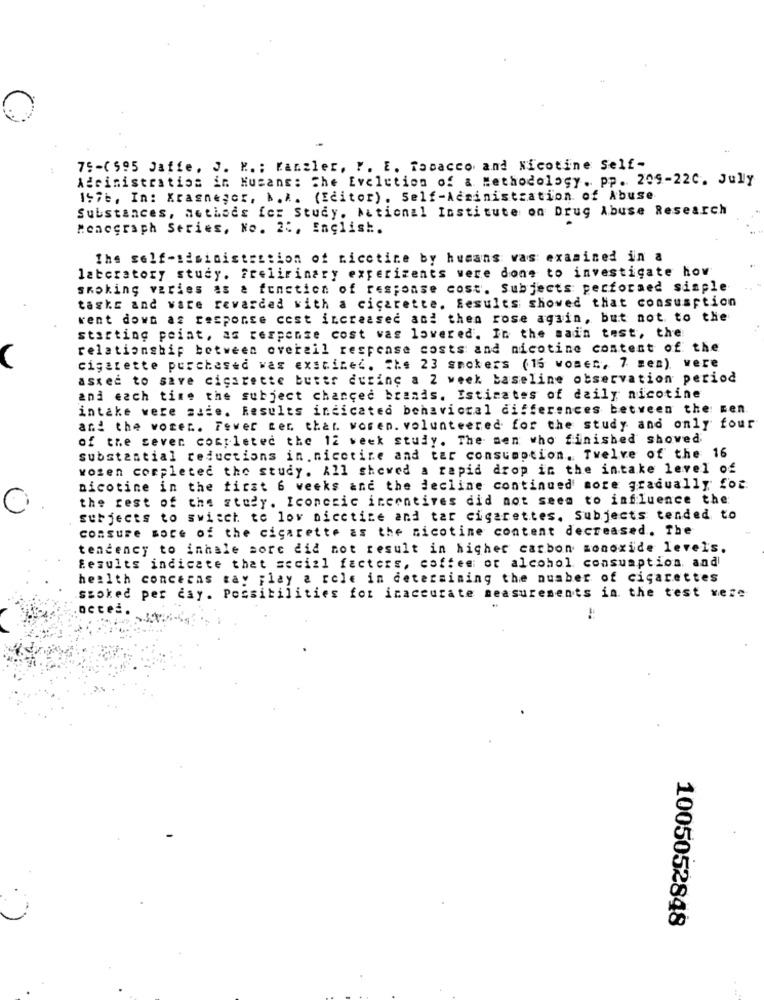
75-(595 Jaffe, J. K. : Kanzler, P. E. Tabacco and Nicotine Self-
Adrinistratios in Hucans: The Evolution of & Methodology. pp. 209-22C. July
157b, In: Krasnegor, b.A. (Editor). Self-Administration of Abuse
Substances, aothees fez Study. Ational Institute on Drug Abuse Research
Monograph Series, No. 2 :, English.
The self-sisinistretion of ricetice by humans vas examined in a
laboratory study. frelirinary experizenes were done to investigate how
smoking varies as a function of response cost. Subjects performed simple
tasks and vare rewarded with a cicarette. Results showed that consumption
went down as response cest increased and then rose again, but not to the
starting point, as rerpente cost was lowered. In the main test, the
relationship between overeil respcase costs and nicotine content of the
cigarette purchased was exstinec. Che 23 smokers (15 vomer, 7 men), were
asted to save cigarette buter during a 2 week baseline observation period
and each time the subject chanced brands. Isticates of daily nicotine
intake were side. Results indicated behavioral differences between the en.
and the vorer .. Fever ter that women. volunteered for the study and only four
of the seven completed the 12 week study. The men who finished shoved
substantial reductions in.nicotine and tar consumption. Twelve of the 16
women completed the study. All showed a rapid drop in the intake level of
nicotine in the first 6 weeks and the decline continued more gradually for.
the rest of the study. Iconcric incentives did not seem to influence the
subjects to switch te lov nicctine and tar cigarettes. Subjects tended to
consure more of the cigarette as the nicotine content decreased. The
tendency to inhale sore did not result in higher carbon monoxide levels.
Results indicate that social factors, coffee or alcohol consumption, and
health concerns tay play a role in determining the number of cigarettes
stoked per day. Possibilities for inaccurate measurements in the test were
1005052848